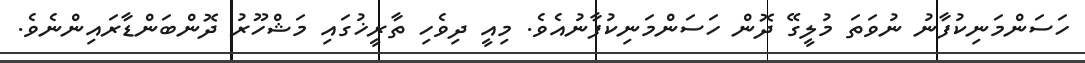
ހަސަންމަނިކުފާނު ނުވަތަ މުލީގޭ ދޮން ހަސަންމަނިކުފާނުއެވެ. މިއީ ދިވެހި ތާރީޚުގައި މަޝްހޫރު ދޮންބަންޑާރައިންނެވެ.